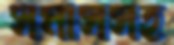
সমাসসহ